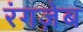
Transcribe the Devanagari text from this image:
रंगज़ेब